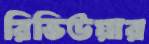
রিভিউয়ার